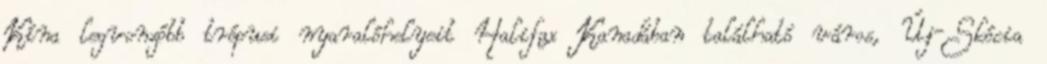
Kína legvonzóbb trópusi nyaralóhelyeit Halifax Kanadában található város, Új-Skócia